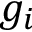
g _ { i }